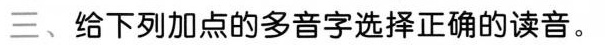
三、给下列加点的多音字选择正确的读音。